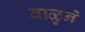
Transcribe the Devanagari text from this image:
वाळुने